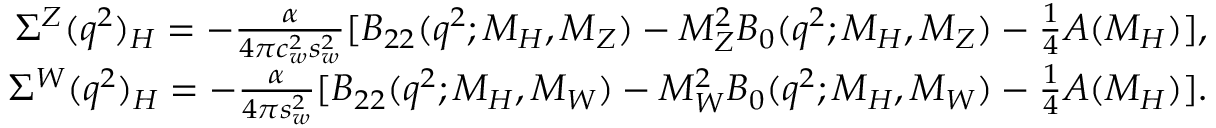
\begin{array} { r } { \Sigma ^ { Z } ( q ^ { 2 } ) _ { H } = - \frac { \alpha } { 4 \pi c _ { w } ^ { 2 } s _ { w } ^ { 2 } } [ B _ { 2 2 } ( q ^ { 2 } ; M _ { H } , M _ { Z } ) - M _ { Z } ^ { 2 } B _ { 0 } ( q ^ { 2 } ; M _ { H } , M _ { Z } ) - \frac { 1 } { 4 } A ( M _ { H } ) ] , } \\ { \Sigma ^ { W } ( q ^ { 2 } ) _ { H } = - \frac { \alpha } { 4 \pi s _ { w } ^ { 2 } } [ B _ { 2 2 } ( q ^ { 2 } ; M _ { H } , M _ { W } ) - M _ { W } ^ { 2 } B _ { 0 } ( q ^ { 2 } ; M _ { H } , M _ { W } ) - \frac { 1 } { 4 } A ( M _ { H } ) ] . } \end{array}